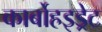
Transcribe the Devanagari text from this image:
कार्बोहइड्रेट